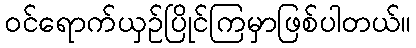
ဝင်ရောက်ယှဉ်ပြိုင်ကြမှာဖြစ်ပါတယ်။